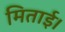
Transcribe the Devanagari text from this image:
मिताई।